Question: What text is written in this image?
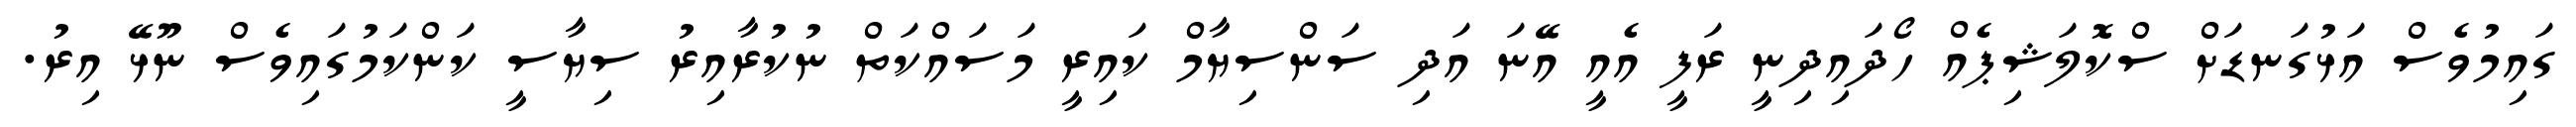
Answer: ގައިމުވެސް އަޅުގަނޑަށް ސްކޮލަޝިޕެއް ހޯދައިދިނީ ރަފީ އެއީ އޭނަ އަދި ސަންސިޔާމް ކައިރީ މަސައްކަތް ނުކުރާއިރު ސިޔާސީ ކަންކަމުގައިވެސް ނޫޅޭ އިރު.